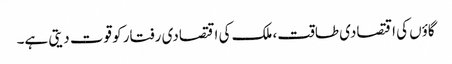
گاؤں کی اقتصادی طاقت، ملک کی اقتصادی رفتار کو قوت دیتی ہے۔